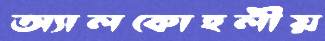
অ্যালকোহলীয়